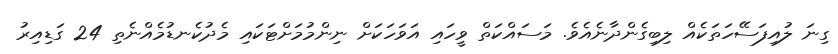
ގިނަ ލުއިފަސޭހަތަކެއް ލިބިގެންދާނެއެވެ. މަސައްކަތް ވީހައި އަވަހަކަށް ނިންމުމަށްޓަކައި މެދުކެނޑުމެއްނެތި 24 ގަޑިއިރު